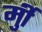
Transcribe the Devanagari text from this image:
र्मुी